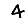
Digit: 4